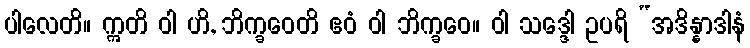
ပါလေတိ။ ဣတိ ဝါ ဟိ, ဘိက္ခဝေတိ ဧဝံ ဝါ ဘိက္ခဝေ။ ဝါ သဒ္ဒေါ ဥပရိ “အဒိန္နာဒါနံ